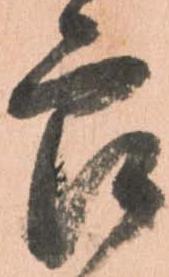
郎